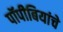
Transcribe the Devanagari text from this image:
पॉपीबियांचे